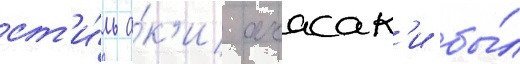
ст'и́ль а́к'и акасак'и бы́л